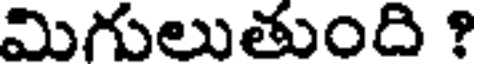
మిగులుతుంది ?